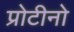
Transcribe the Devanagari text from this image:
प्रोटीनो